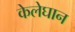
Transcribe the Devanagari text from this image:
केलेघान